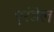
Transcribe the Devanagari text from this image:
एरंडेल